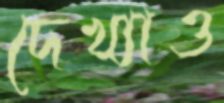
দেখ্যাও